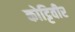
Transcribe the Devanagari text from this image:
कोट्टिवीर